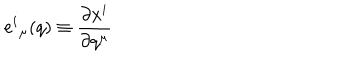
LaTeX: { e ^ { i } } _ { \mu } ( q ) \equiv \frac { \partial x ^ { i } } { \partial q ^ { \mu } }